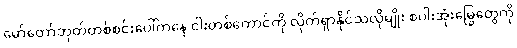
မော်တော်ဘုတ်တစ်စင်းပေါ်ကနေ ငါးတစ်ကောင်ကို လိုက်ရှာနိုင်သလိုမျိုး စပါးအုံးမြွေတွေကို